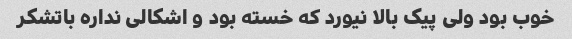
خوب بود ولی پیک بالا نیورد که خسته بود و اشکالی نداره باتشکر